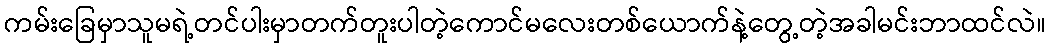
ကမ်းခြေမှာသူမရဲ့တင်ပါးမှာတက်တူးပါတဲ့ကောင်မလေးတစ်ယောက်နဲ့တွေ့တဲ့အခါမင်းဘာထင်လဲ။